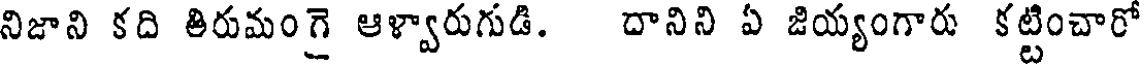
నిజాని కది తిరుమంగై ఆళ్వారుగుడి. దానిని ఏ జియ్యంగారు కట్టించారో